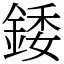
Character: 錗